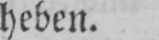
heben.